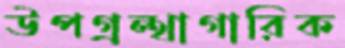
উপগ্রন্থাগারিক